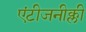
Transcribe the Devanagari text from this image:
एंटीजनीक्ली